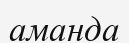
аманда